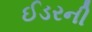
ઈડરની